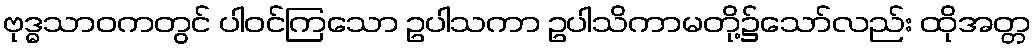
ဗုဒ္ဓသာဝကတွင် ပါဝင်ကြသော ဥပါသကာ ဥပါသိကာမတို့၌သော်လည်း ထိုအတ္တ